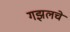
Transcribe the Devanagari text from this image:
गझलचे